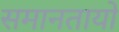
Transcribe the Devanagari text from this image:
समानतायो